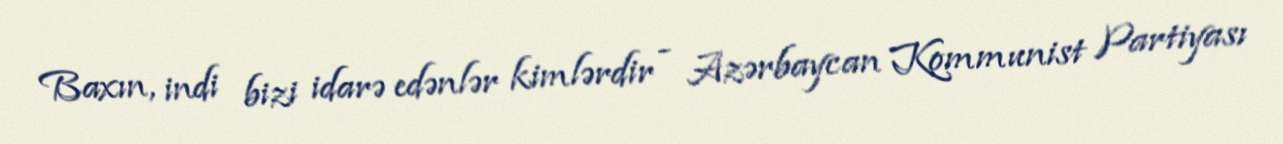
Baxın, indi bizi idarə edənlər kimlərdir - Azərbaycan Kommunist Partiyası